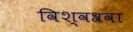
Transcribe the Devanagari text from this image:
विश्वश्रवा